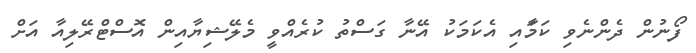
ފޯނުން ދެންނެވި ކަމަާއި އެކަމަކު އޭނާ ގަސްތު ކުރެއްވީ މެލޭޝިޔާއިން އޮސްޓްރޭލިއާ އަށް